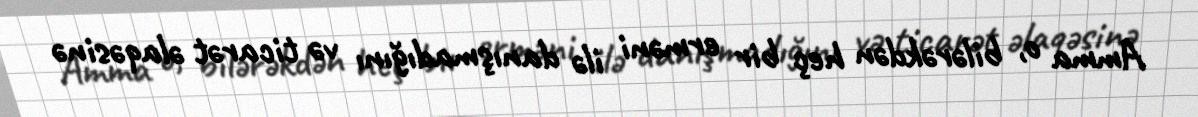
Amma o, bilərəkdən heç bir erməni ilə danışmadığını və ticarət əlaqəsinə